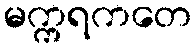
မက္ကရကတေ